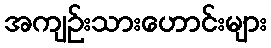
အကျဉ်းသားဟောင်းများ